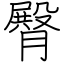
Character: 臀